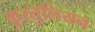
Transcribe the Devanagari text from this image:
कुरतुलियन